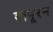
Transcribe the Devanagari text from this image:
वापूरन